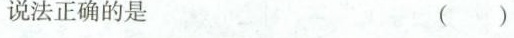
说法正确的是 ( )